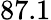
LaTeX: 87.1